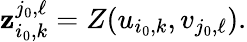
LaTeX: \mathbf{z}_{i_{0},k}^{j_{0},\ell}=Z(u_{i_{0},k},v_{j_{0},\ell}).